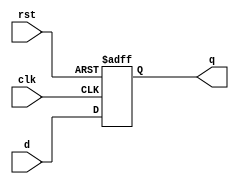
module d_flip_flop (
  input wire clk,    
  input wire rst,    
  input wire d,      
  output reg q       
);

  always @(posedge clk or posedge rst) begin
    if (rst)         
      q <= 1'b0;
    else            
      q <= d;
  end

endmodule


module tb_d_flip_flop;
  reg clk, rst, d;
  wire q;

  d_flip_flop my_flip_flop (
    .clk(clk),
    .rst(rst),
    .d(d),
    .q(q)
  );
  always #5 clk = ~clk;

  initial begin
    clk = 0;
    rst = 1;
    d = 0;

    #10 rst = 0;

    #10 d = 1;
    #10 d = 0;
    #100 $finish; 
  end

endmodule